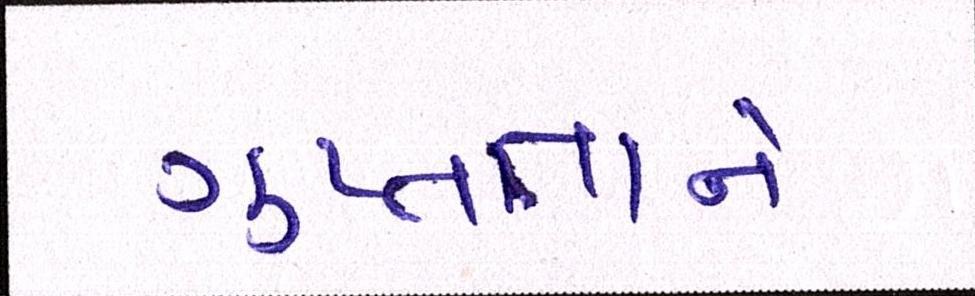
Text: ગુપ્તતાને